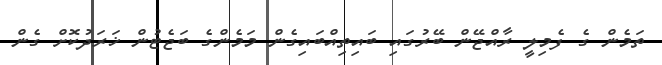
ތަމެން ގެ ފެމިލީ ރާއްޖޭން ބޭރުގައި ބައިތިއްބައިގެން މަމެންގެ ބަޖެޓުން ޚަރަދުކޮށް ގެން